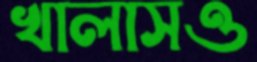
খালাসও